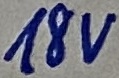
Text: 18V